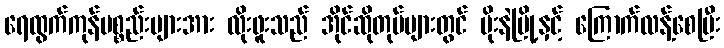
ရေထွက်ကုန်ပစ္စည်းများအား လိုးဖူးသည် အိုင်ဆိုတုပ်များတွင် မိုးနဲမြို့နှင့် ကြောက်လန့်စေပြီး